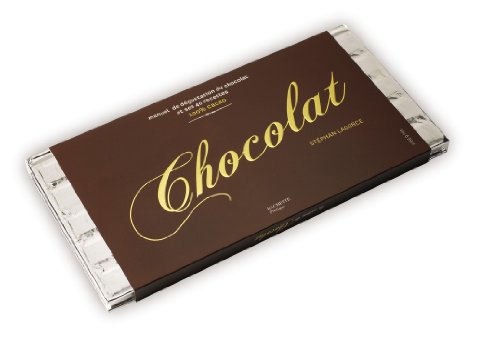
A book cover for Chocolat; StÃ©phan Lagorce; Cookbooks, Food & Wine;